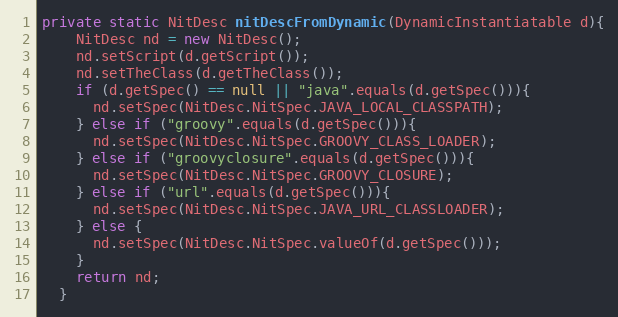
Language: Java
private static NitDesc nitDescFromDynamic(DynamicInstantiatable d){
    NitDesc nd = new NitDesc();
    nd.setScript(d.getScript());
    nd.setTheClass(d.getTheClass());
    if (d.getSpec() == null || "java".equals(d.getSpec())){
      nd.setSpec(NitDesc.NitSpec.JAVA_LOCAL_CLASSPATH);
    } else if ("groovy".equals(d.getSpec())){
      nd.setSpec(NitDesc.NitSpec.GROOVY_CLASS_LOADER);
    } else if ("groovyclosure".equals(d.getSpec())){
      nd.setSpec(NitDesc.NitSpec.GROOVY_CLOSURE);
    } else if ("url".equals(d.getSpec())){
      nd.setSpec(NitDesc.NitSpec.JAVA_URL_CLASSLOADER);
    } else {
      nd.setSpec(NitDesc.NitSpec.valueOf(d.getSpec()));
    }
    return nd;
  }